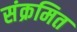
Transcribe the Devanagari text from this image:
संक्रमित